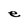
Character: e